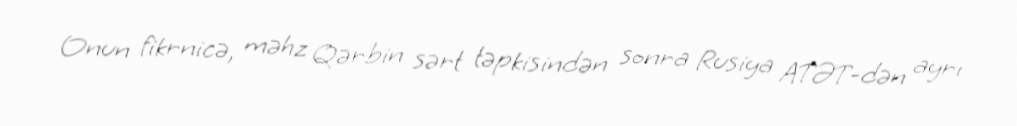
Onun fikrnicə, məhz Qərbin sərt təpkisindən sonra Rusiya ATƏT-dən ayrı